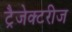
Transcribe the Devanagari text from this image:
ट्रैजेक्टरीज